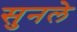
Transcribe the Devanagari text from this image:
सुनले